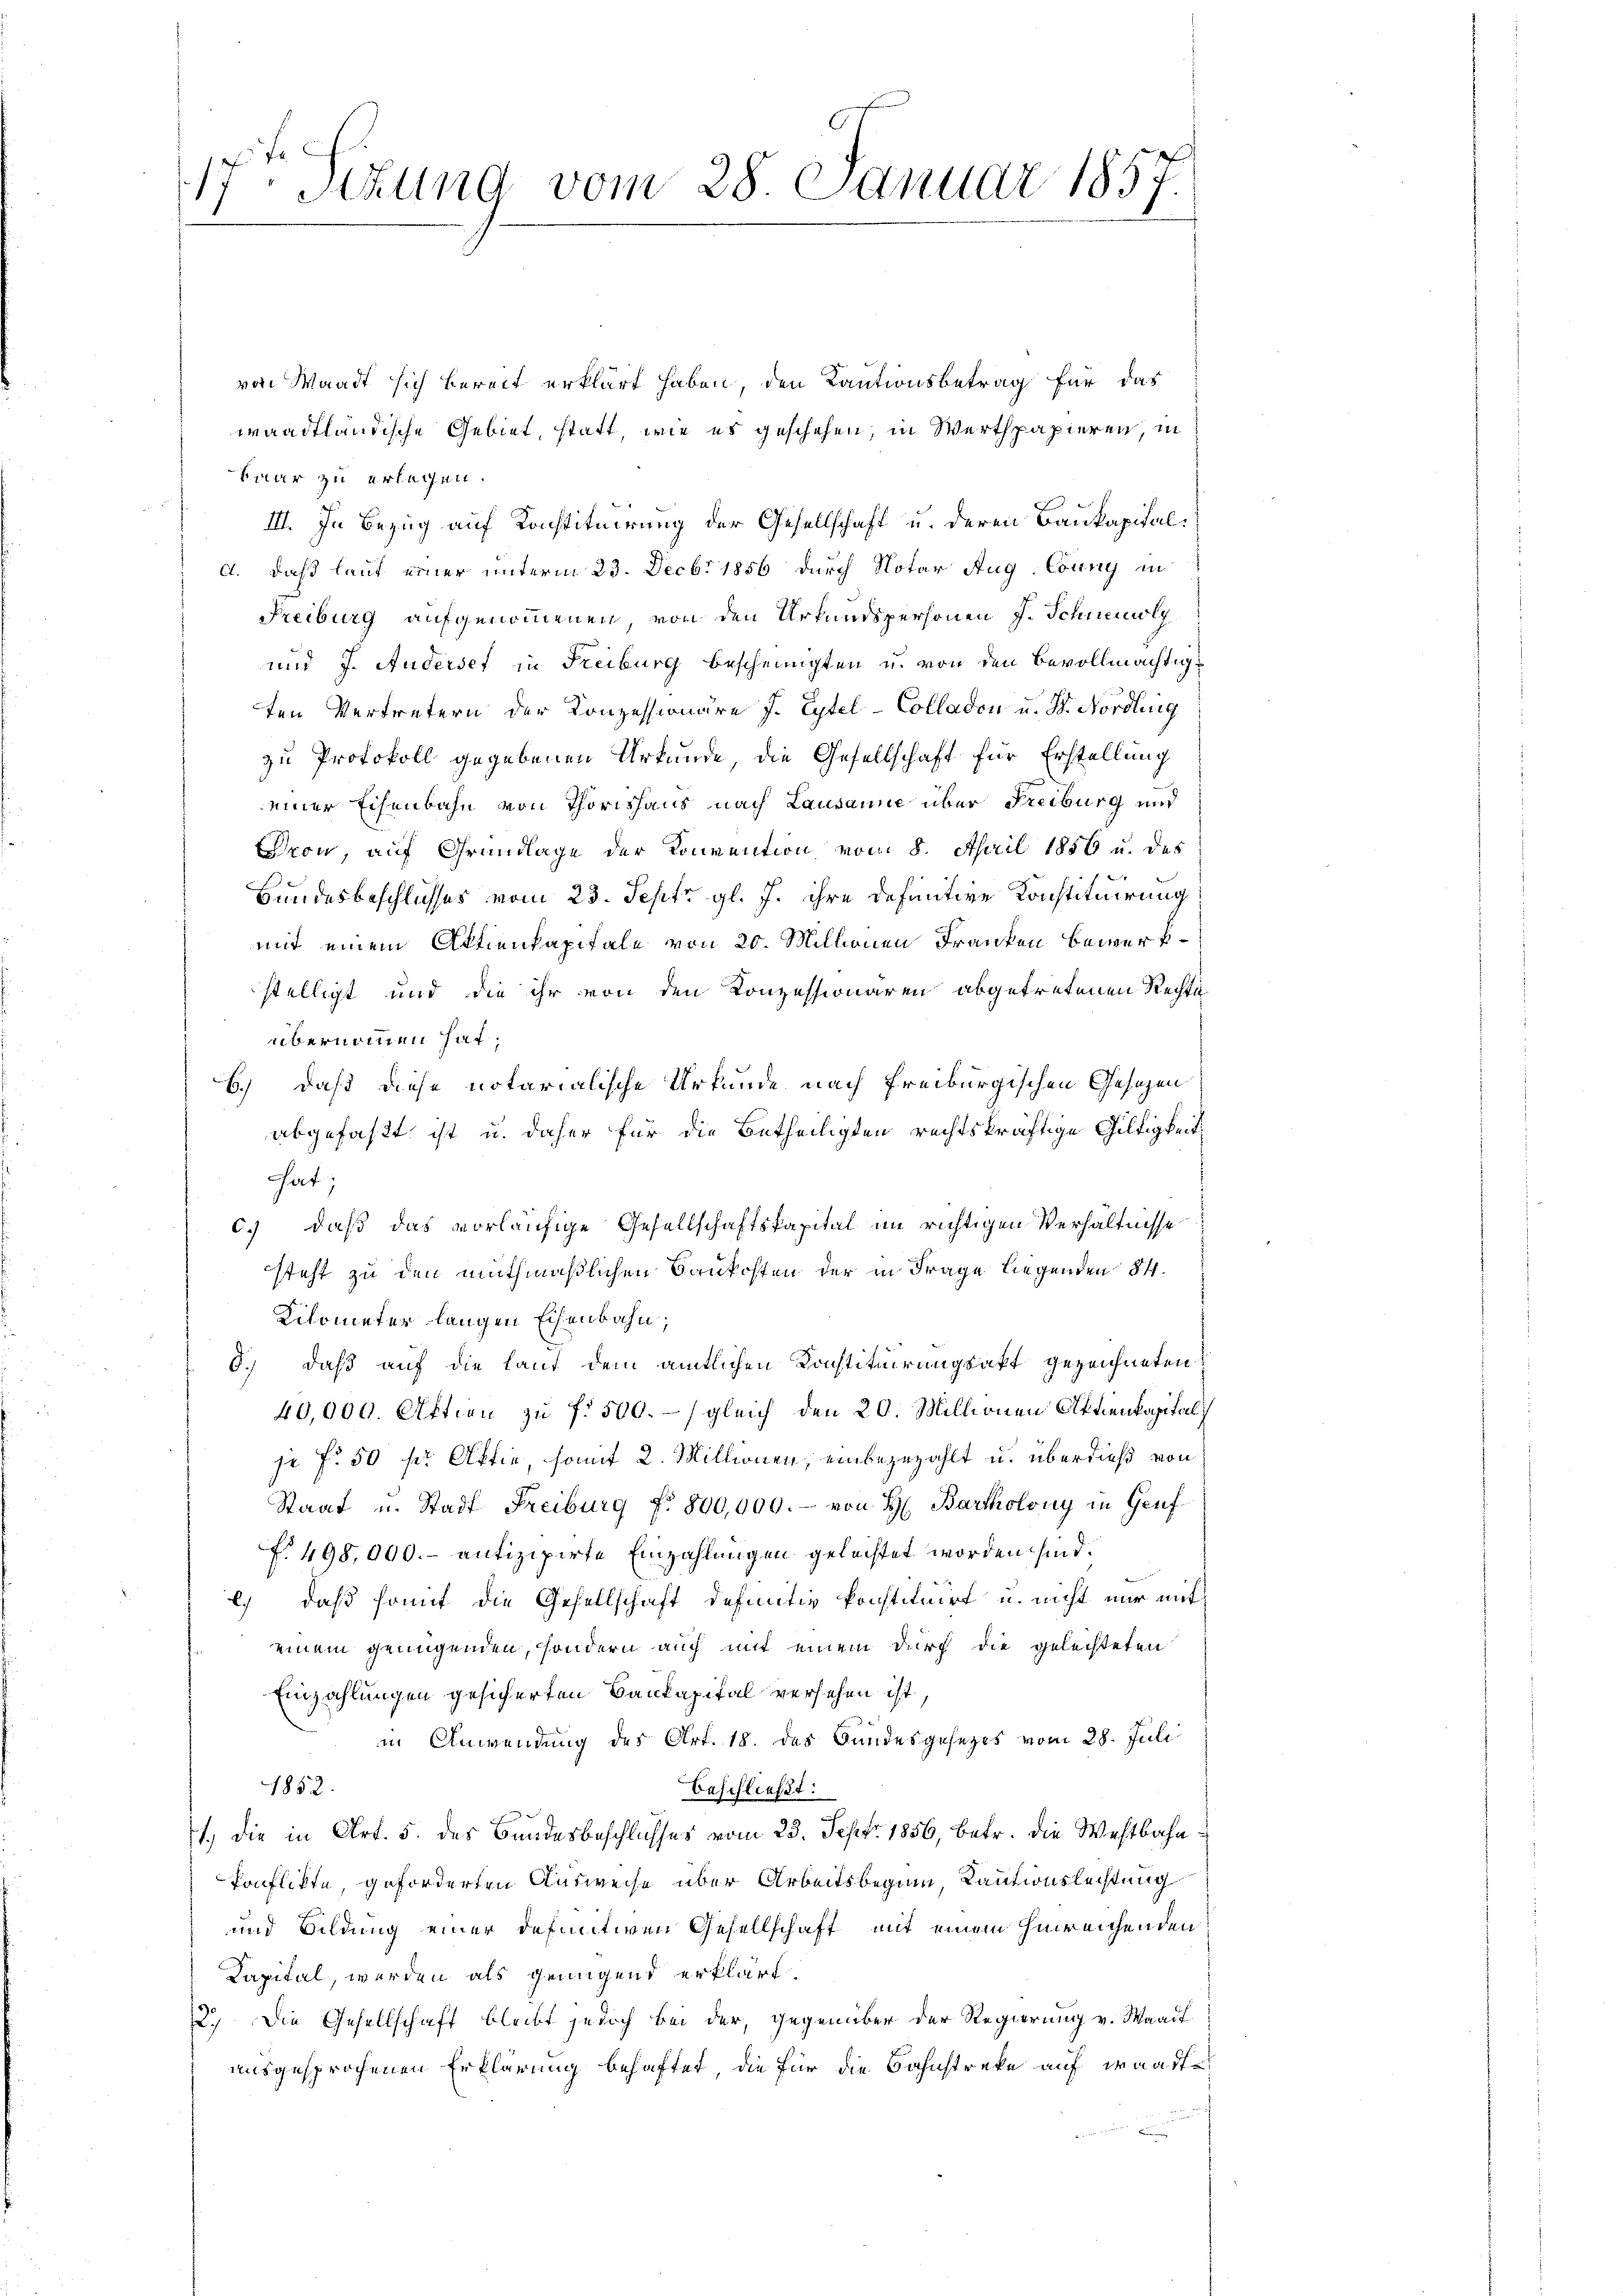
17. Sizung vom 28. Januar 1857.
1

von Waadt sich bereit erklärt haben, den Kautionsbetrag für das
waadtländische Gebiet, statt, wie es geschehen, in Werthpapieren, in
Paar zu erlegen.
III. In Bezug auf Konstituirung der Gesellschaft u. deren Baukapital¬
A. daß laut einer unterm 23. Decbr 1856 durch Notar Aug. Couny in
Freiburg aufgenommenen, von den Urkundspersonen J. Schneuolg
und J. Andersef in Freiburg bescheinigten u. von den Bevollmächtige
ten Vertretern der Konzessionäre J. Eytel-Colladen u. St. Nordling
zu Protokoll gegebenen Urkunde, die Gesellschaft für Erstellung
einer Eisenbahn von Thorishaus nach Lausanne über Freiburg und
ron, auf Grundlage der Konvention vom 8. April 1856 u. des
Bundesbeschlusses vom 23. Septr gl. J. ihre definitive Konstituirung
mit einem Aktienkapitale von 20. Millionen Franken bewerkstelligt und die ihr von den Konzessionären abgetretenen Rechte
übernommen hat;
b.) daß diese notarialische Urkunde nach Freiburgischen Gesezen
abgefaßt ist u. daher für die Betheiligten rechtskräftige Gültigkeit
hat;
6.) Daß das vorläufige Gesellschaftskapital im richtigen Verhältnisse
steht zu den muthmaßlichen Baukosten der in Frage liegenden 84.
Kilometer langen Eisenbahn;
8.) Daß auf die lauf dem amtlichen Konstituirungsakt gezeichneten
40,000. Aktien zu f. 500.-) gleich den 20. Millionen Aktienkapital
ja Fr. 50 fr Affie, somit 2. Millionen, einbezuzahlt u. überdieß von
Staat u. Stadt Freiburg f. 800,000.- von H. Bartholony in Genf
f. 498,000.- antizipirte Einzahlungen geleistet worden sind.
.) daß somit die Gesellschaft definitiv konstituirt u. nicht nur mit
einem genügenden, sondern auch mit einem durch die gelechteten
Einzahlungen gesicherten Baukapital versehen ist,
in Anwendung des Art. 18. des Bundesgesezes vom 28. Juli
1852.
beschließt:
1., die in Art. 5. des Bundesbeschlusses vom 23. Sept. 1856, betr. die Westbahnkonflikte, geforderten Ausweise über Arbeitsbeginn, Kautionsleistung
und Bildung einer definitiven Gesellschaft mit einem hinreichenden
Kapital, werden als genügend erklärt.
22.) Die Gesellschaft bleibt jedoch bei der, gegenüber der Regierung v. Waadt
ausgesprochenen Erklärung behaftet, die für die Bahnstreke auf waadt